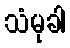
သံမုခါ